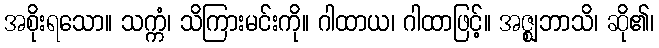
အစိုးရသော။ သက္ကံ၊ သိကြားမင်းကို။ ဂါထာယ၊ ဂါထာဖြင့်။ အဇ္ဈဘာသိ၊ ဆို၏၊